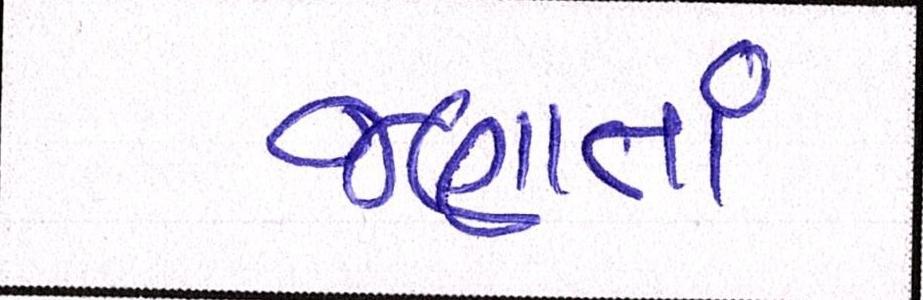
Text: જણાતાં